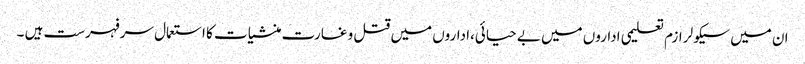
ان میں سیکولر ازم تعلیمی اداروں میں بے حیائی،اداروں میں قتل و غارت منشیات کا استعمال سرفہرست ہیں ۔